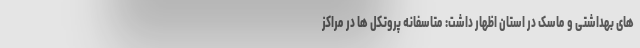
های بهداشتی و ماسک در استان اظهار داشت: متاسفانه پروتکل ها در مراکز